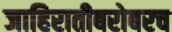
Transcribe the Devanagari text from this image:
जाहिरातीबरोबरच